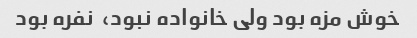
خوش مزه بود ولی خانواده نبود،  نفره بود